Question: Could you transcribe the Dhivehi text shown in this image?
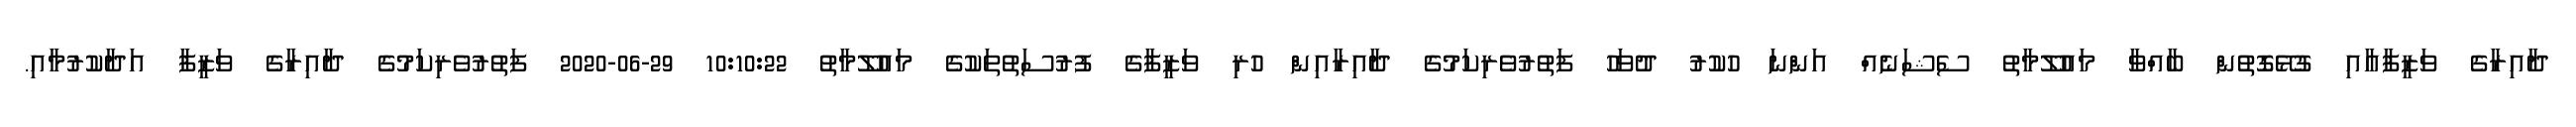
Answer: ދާއިރާގެ ވަޒީފާއާއި ގުޅޭގޮތުން ބާއްވާ މައުލޫމާތު ސެޝަނެއް އަންނަ ހުކުރު ދުވަހު ފަތުރުވެރިކަމުގެ ދާއިރާއިން ހުރި ވަޒީފާގެ ފުރުސަތުތަކުގެ މައުލޫމާތު 10:10:22 29-06-2020 ފަތުރުވެރިކަމުގެ ދާއިރާގެ ވަޒީފާ އަދާކުރުމާއި.